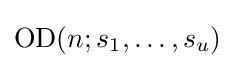
\mathrm {OD} (n;s_{1},\dots ,s_{u})